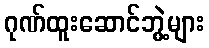
ဂုဏ်ထူးဆောင်ဘွဲ့များ